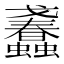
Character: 𧕹